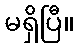
မရှိပြီ။